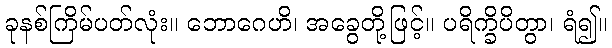
ခုနစ်ကြိမ်ပတ်လုံး။ ဘောဂေဟိ၊ အခွေတို့ဖြင့်။ ပရိက္ခိပိတွာ၊ ရံ၍။